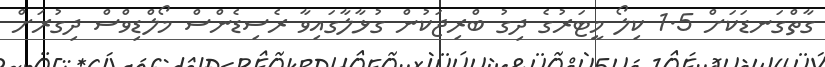
ގާތްގަނޑަކަށް 1.5 ކިލޯ މީޓަރުގެ ދިގު ބްރިޖަކުން ގުޅާލާގައިވާ ރެސިޑެންސް މޯލްޑިވްސް ދިގުރަށް